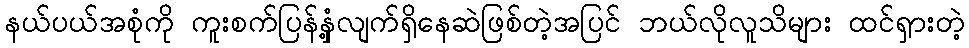
နယ်ပယ်အစုံကို ကူးစက်ပြန်နှံ့လျက်ရှိနေဆဲဖြစ်တဲ့အပြင် ဘယ်လိုလူသိများ ထင်ရှားတဲ့